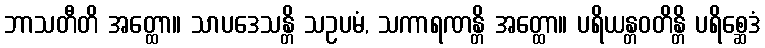
ဘာသတီတိ အတ္ထော။ သာပဒေသန္တိ သဥပမံ, သကာရဏန္တိ အတ္ထော။ ပရိယန္တဝတိန္တိ ပရိစ္ဆေဒံ